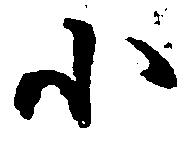
小